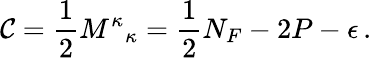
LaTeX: \mathcal{C}=\frac{{1}}{{2}}{M^{\kappa}}_{\kappa}=\frac{{1}}{{2}}N_{F}-2P-\epsilon\, .